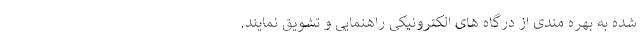
شده به بهره مندی از درگاه های الکترونیکی راهنمایی و تشویق نمایند.